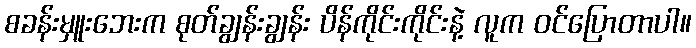
စခန်းမှူးဘေးက စုတ်ချွန်းချွန်း ပိန်ကိုင်းကိုင်းနဲ့ လူက ဝင်ပြောတာပါ။